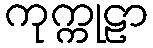
ကုက္ကုဠာ